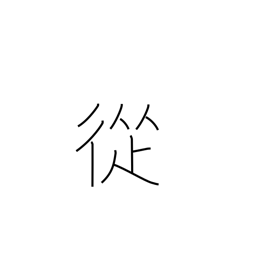
Meaning: through